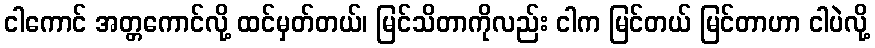
ငါကောင် အတ္တကောင်လို့ ထင်မှတ်တယ်၊ မြင်သိတာကိုလည်း ငါက မြင်တယ် မြင်တာဟာ ငါပဲလို့